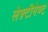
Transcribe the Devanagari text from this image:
लेफ़्टीनेण्ट